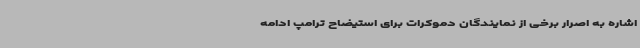
اشاره به اصرار برخی از نمایندگان دموکرات برای استیضاح ترامپ ادامه